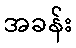
အခန်း